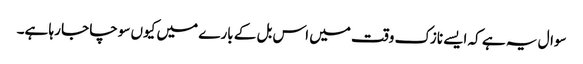
سوال یہ ہے کہ ایسے نازک وقت میں اس بل کے بارے میں کیوں سوچا جا رہا ہے۔